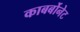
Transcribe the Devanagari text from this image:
काबर्बोनेट